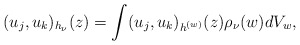
\begin{align*} (u_j,u_k)_{h_\nu}(z)=\int (u_j,u_k)_{h^{(w)}}(z)\rho_\nu(w)dV_w, \end{align*}